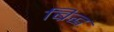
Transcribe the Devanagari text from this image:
ब्रिद्ध